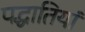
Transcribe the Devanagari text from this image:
पद्धातियां